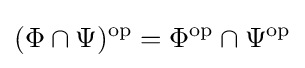
(\Phi \cap \Psi )^{\operatorname {op} }=\Phi ^{\operatorname {op} }\cap \Psi ^{\operatorname {op} }